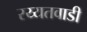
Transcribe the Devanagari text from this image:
रय्यतवाडी